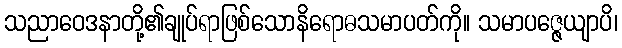
သညာဝေဒနာတို့၏ချုပ်ရာဖြစ်သောနိရောဓသမာပတ်ကို။ သမာပဇ္ဇေယျာပိ၊